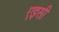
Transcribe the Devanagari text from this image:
एइसी